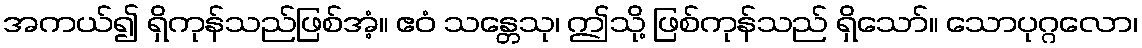
အကယ်၍ ရှိကုန်သည်ဖြစ်အံ့။ ဧဝံ သန္တေသု၊ ဤသို့ ဖြစ်ကုန်သည် ရှိသော်။ သောပုဂ္ဂလော၊